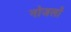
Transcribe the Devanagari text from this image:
नोजलों